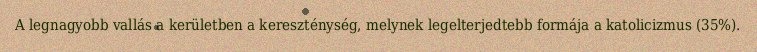
A legnagyobb vallás a kerületben a kereszténység, melynek legelterjedtebb formája a katolicizmus (35%).